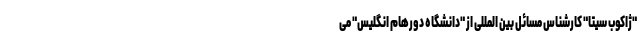
"ژاکوب سیتا" کارشناس مسائل بین المللی از "دانشگاه دورهام انگلیس" می